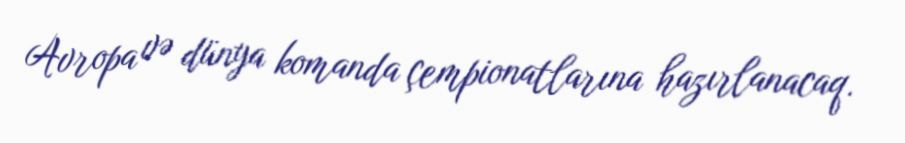
Avropa və dünya komanda çempionatlarına hazırlanacaq.